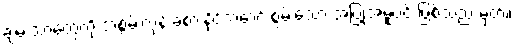
ချမ်းသာတွေကို အစွမ်းကုန် ခံစားနိုင်အောင် စွမ်းသော အပြုအမူပင် ဖြစ်သည် မှတ်။